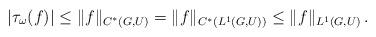
LaTeX: \begin{align*} |\tau_{\omega}(f)| \leq \|f\|_{C^*(G,U)} = \| f\|_{C^*(L^1(G,U))} \leq \| f \|_{L^1(G,U)}\,.\end{align*}